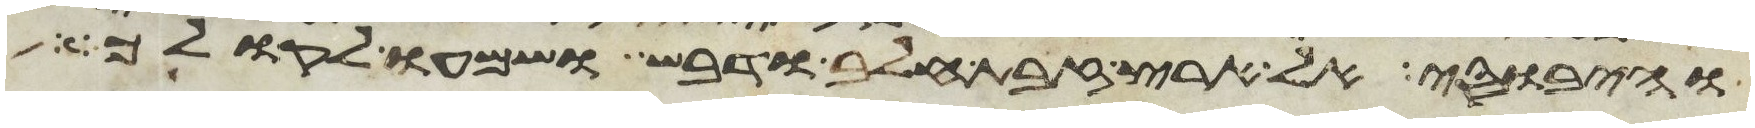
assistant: והיבוסי אל ארץ זבת חלב ודבש ושמעו לקולך